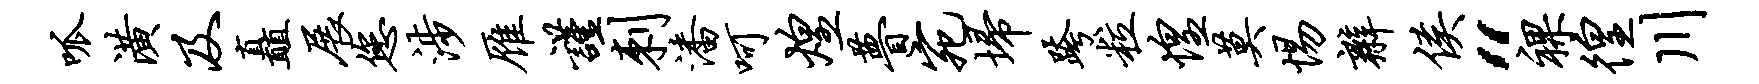
呱潢及矗展您涉雁谨刺潘呵煌瞢宛埽跨粒惶莫惕辫侯“裸徨川